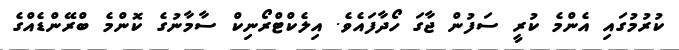
ކުރުމުގައި އެންމެ ކުރީ ސަފުން ޖާގަ ހޯދާފައެވެ. އިލެކްޓްރޯނިކް ސާމާނުގެ ކޮންމެ ބްރޭންޑެއްގެ